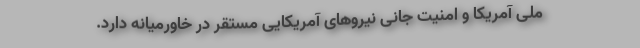
ملی آمریکا و امنیت جانی نیروهای آمریکایی مستقر در خاورمیانه دارد.